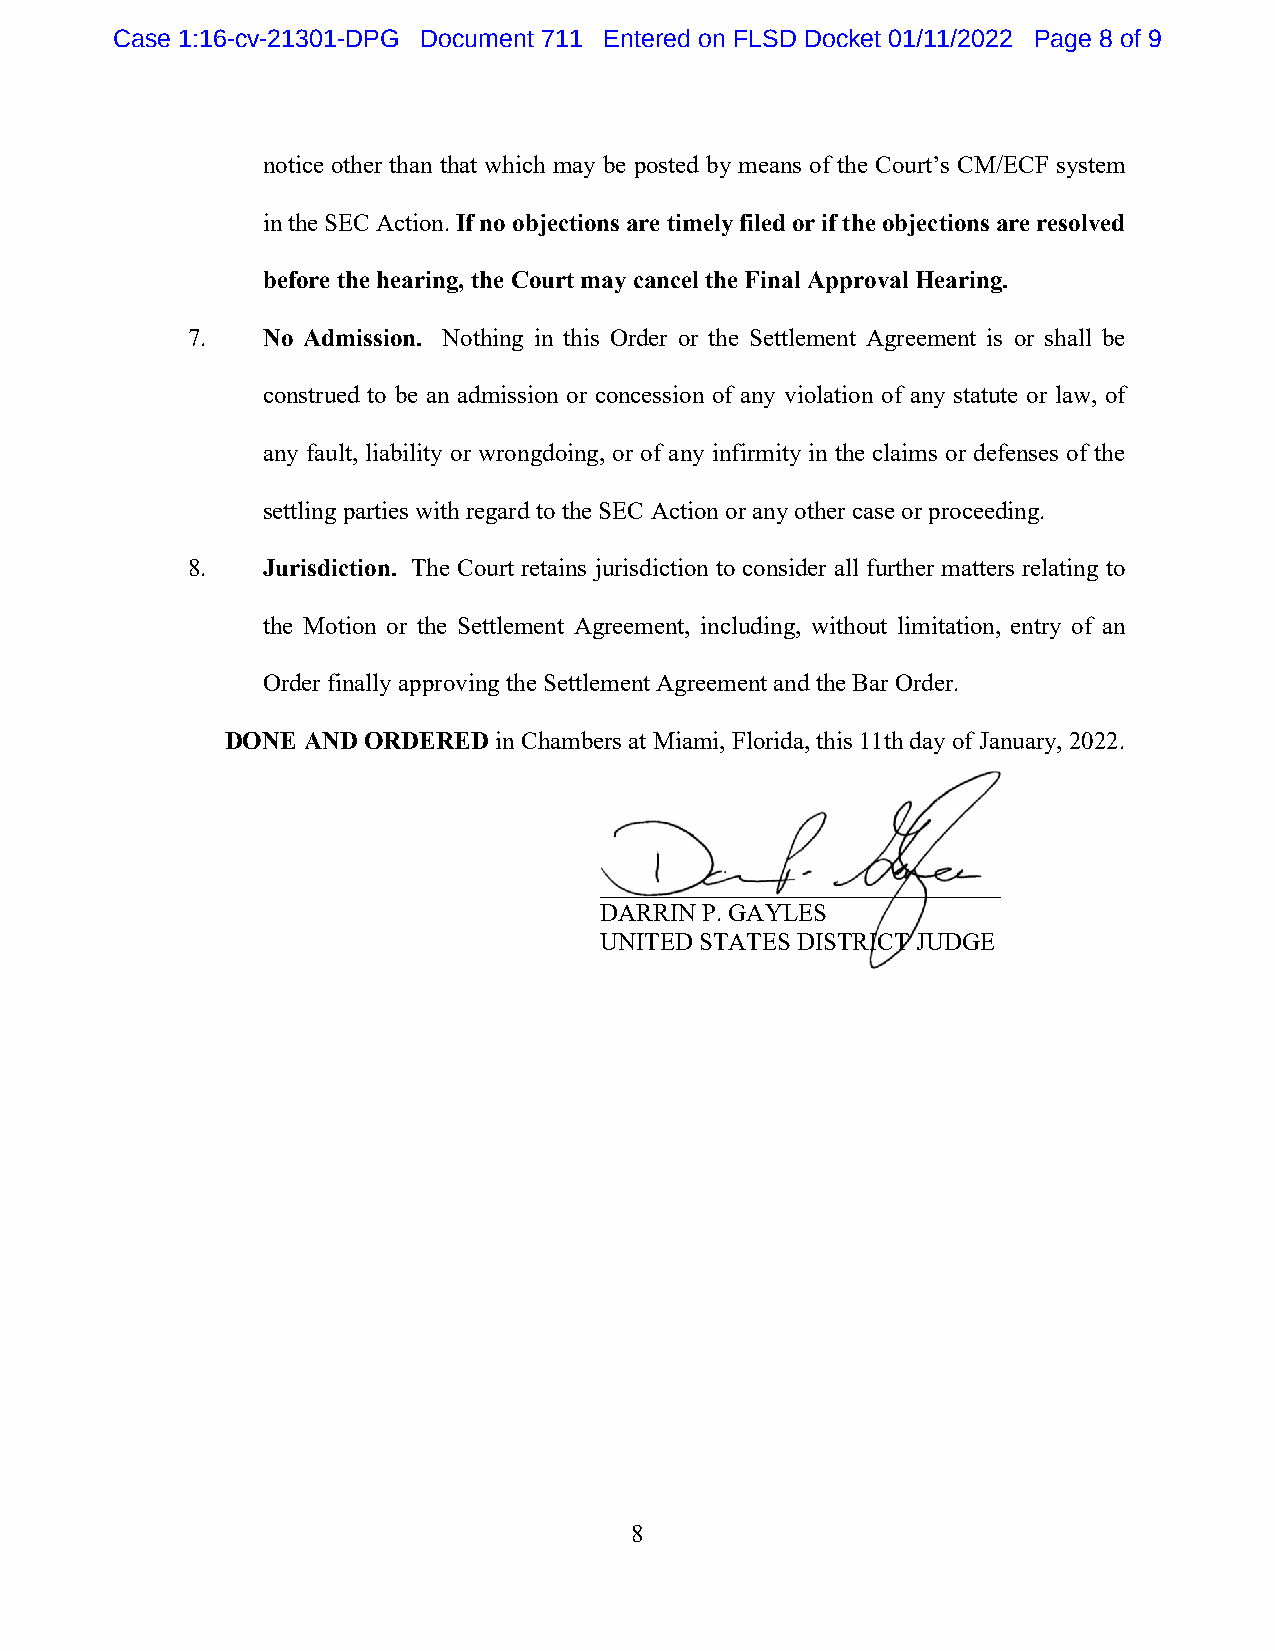
Case 1:16-cv-21301-DPG Document 711 Entered on FLSD Docket 01/11/2022 Page 8 of 9
 notice other than that which may be posted by means of the Court’s CM/ECF system
 in the SEC Action. If no objections are timely filed or if the objections are resolved
 before the hearing, the Court may cancel the Final Approval Hearing.
 7.   No Admission. Nothing in this Order or the Settlement Agreement is or shall be
 construed to be an admission or concession of any violation of any statute or law, of
 any fault, liability or wrongdoing, or of any infirmity in the claims or defenses of the
 settling parties with regard to the SEC Action or any other case or proceeding.
 8.   Jurisdiction. The Court retains jurisdiction to consider all further matters relating to
 the Motion or the Settlement Agreement, including, without limitation, entry of an
 Order finally approving the Settlement Agreement and the Bar Order.
 DONE AND ORDERED  in Chambers at Miami, Florida, this 11th day of January, 2022.
 ________________________________
 DARRIN P. GAYLES
 UNITED STATES DISTRICT JUDGE
 8